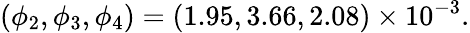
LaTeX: (\phi_{2},\phi_{3},\phi_{4})=(1.95,3.66,2.08)\times 10^{-3}.